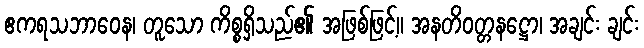
ဧကရသဘာဝေန၊ တူသော ကိစ္စရှိသည်၏ အဖြစ်ဖြင့်။ အနတိဝတ္တနဋ္ဌော၊ အချင်း ချင်း